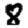
Digit: 8